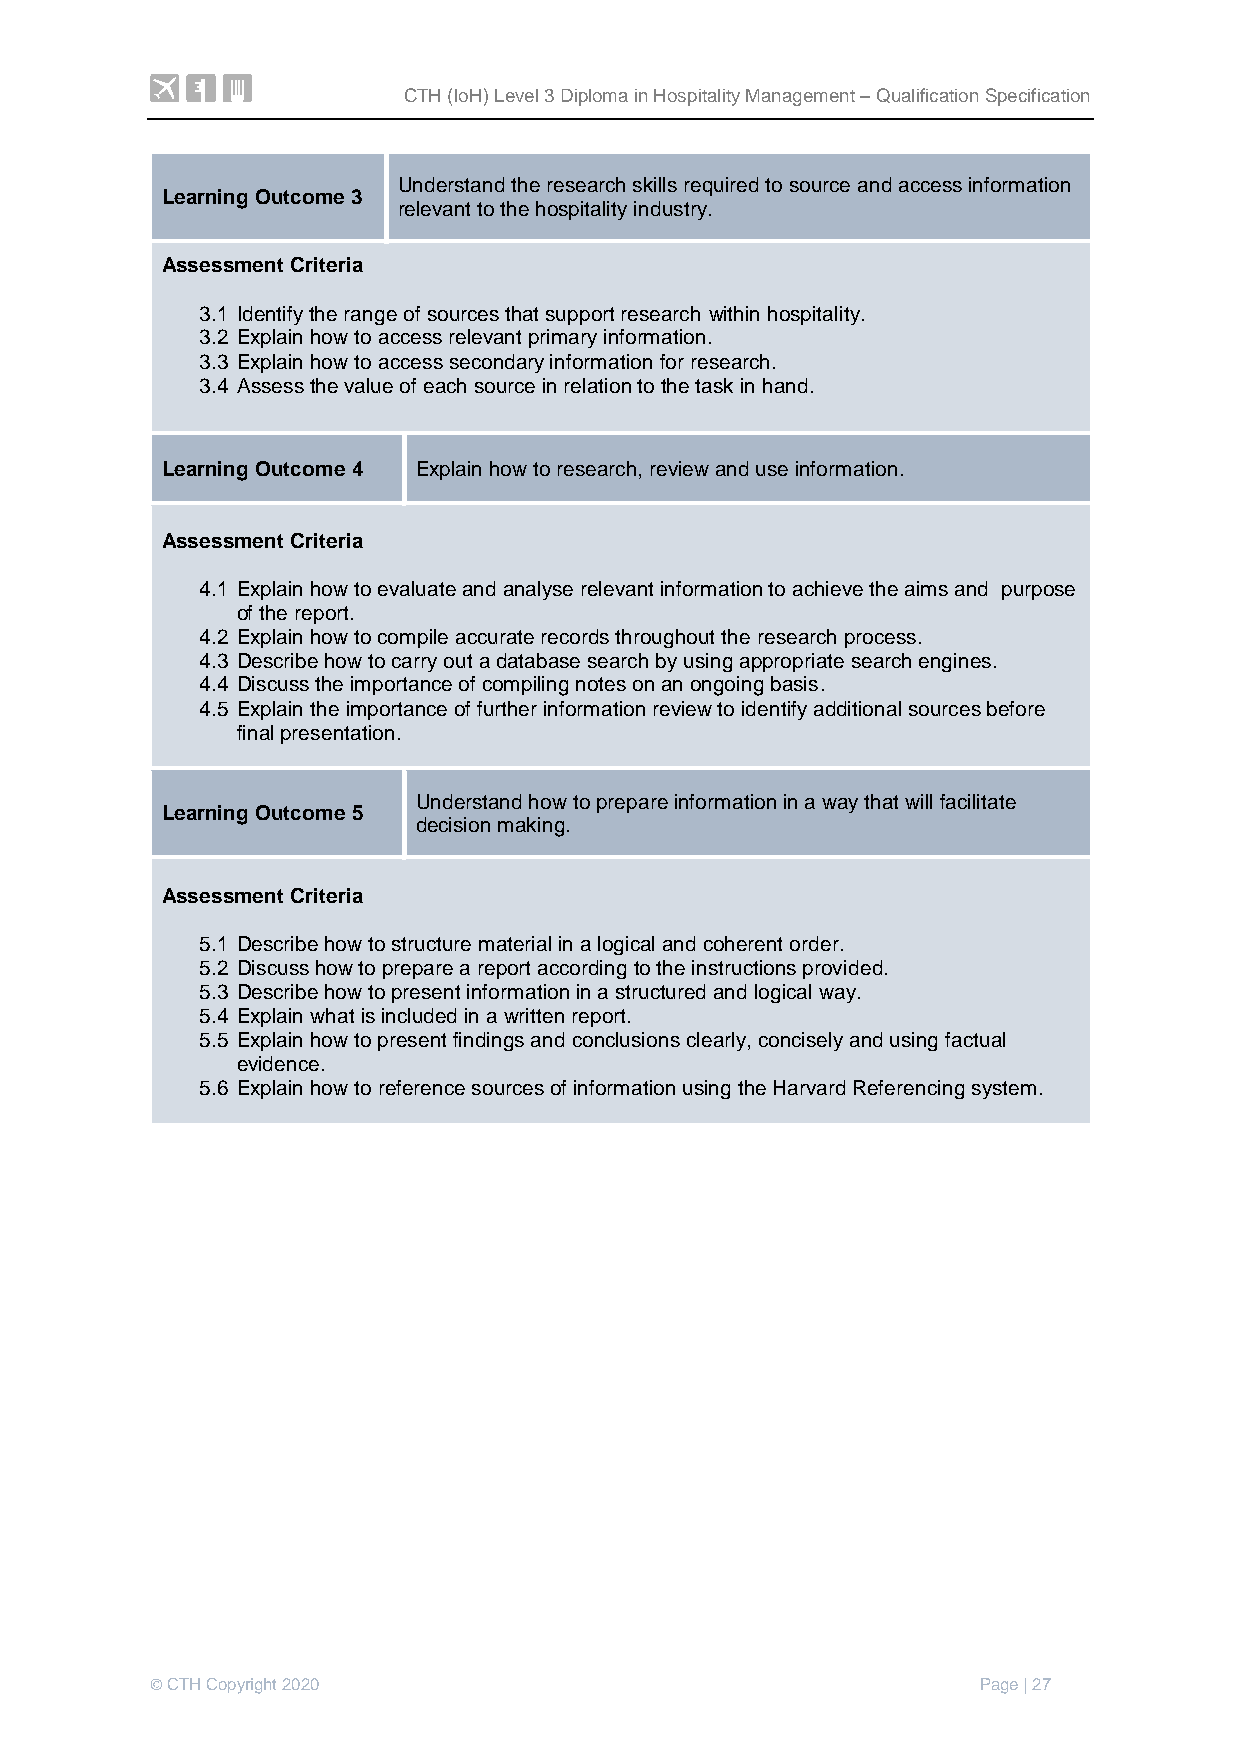
CTH (IoH) Level 3 Diploma in Hospitality Management – Qualification Specification
 Understand the research skills required to source and access information
 Learning Outcome 3
 relevant to the hospitality industry.
 Assessment Criteria
 3.1 Identify the range of sources that support research within hospitality.
 3.2 Explain how to access relevant primary information.
 3.3 Explain how to access secondary information for research.
 3.4 Assess the value of each source in relation to the task in hand.
 Learning Outcome 4 Explain how to research, review and use information.
 Assessment Criteria
 4.1 Explain how to evaluate and analyse relevant information to achieve the aims and purpose
 of the report.
 4.2 Explain how to compile accurate records throughout the research process.
 4.3 Describe how to carry out a database search by using appropriate search engines.
 4.4 Discuss the importance of compiling notes on an ongoing basis.
 4.5 Explain the importance of further information review to identify additional sources before
 final presentation.
 Understand how to prepare information in a way that will facilitate
 Learning Outcome 5
 decision making.
 Assessment Criteria
 5.1 Describe how to structure material in a logical and coherent order.
 5.2 Discuss how to prepare a report according to the instructions provided.
 5.3 Describe how to present information in a structured and logical way.
 5.4 Explain what is included in a written report.
 5.5 Explain how to present findings and conclusions clearly, concisely and using factual
 evidence.
 5.6 Explain how to reference sources of information using the Harvard Referencing system.
 © CTH Copyright 2020                                   Page | 27